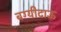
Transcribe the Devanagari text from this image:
बग्यीदाऊ